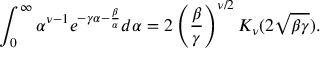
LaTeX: \int _ { 0 } ^ { \infty } \alpha ^ { \nu - 1 } e ^ { - \gamma \alpha - \frac { \beta } { \alpha } } d \alpha = 2 \left( \frac { \beta } { \gamma } \right) ^ { \nu / 2 } K _ { \nu } ( 2 \sqrt { \beta \gamma } ) .